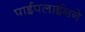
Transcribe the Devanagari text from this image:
पाईपलाईनने